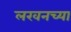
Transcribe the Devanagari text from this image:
लखनच्या